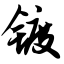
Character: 镀